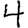
Digit: 4